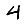
Digit: 4